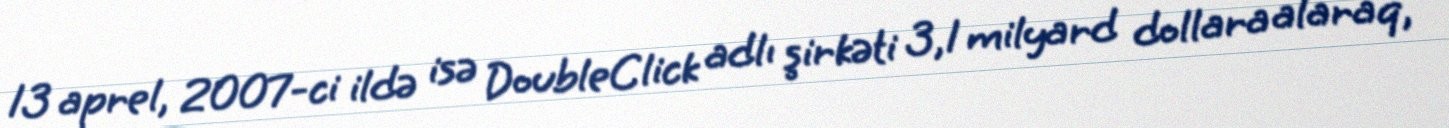
13 aprel, 2007-ci ildə isə DoubleClick adlı şirkəti 3,1 milyard dollara alaraq,